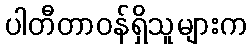
ပါတီတာဝန်ရှိသူများက